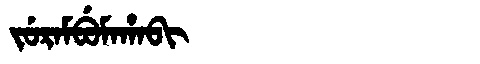
Manchu: ᠵᡠᡵᠠᠮᠪᡠᠮᠠᡥᠠᠪᡳ
Romanization: JURAMBUMAHABI